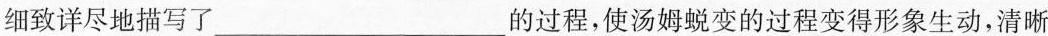
细致详尽地描写了___的过程，使汤姆蜕变的过程变得形象生动，清晰